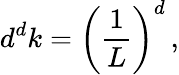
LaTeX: d^{d}k=\left({\frac{1}{L}}\right)^{d}\, ,